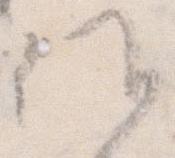
候